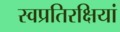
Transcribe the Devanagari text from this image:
स्वप्रतिरक्षियां